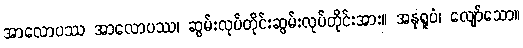
အာလောပဿ အာလောပဿ၊ ဆွမ်းလုပ်တိုင်းဆွမ်းလုပ်တိုင်းအား။ အနုရူပံ၊ လျော်သော။